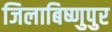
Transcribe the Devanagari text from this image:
जिलाबिष्णुपुर